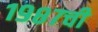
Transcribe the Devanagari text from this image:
१९८७ची